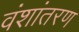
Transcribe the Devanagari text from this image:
वंशांतरण